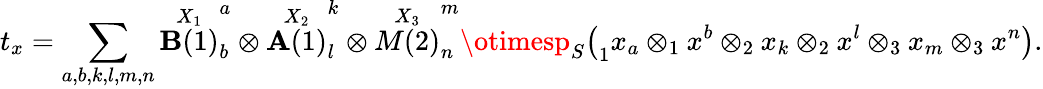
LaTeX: t_{x}=\sum_{a,b,k,l,m,n}\overset{X_{1}}{\mathbf{B}(1)}_{b}^{a}\otimes\overset{X_{2}}{\mathbf{A}(1)}_{l}^{k}\otimes\overset{X_{3}}{M(2)}_{n}^{m}\otimesp_{S}\big(_{1}x_{a}\otimes_{1}x^{b}\otimes_{2}x_{k}\otimes_{2}x^{l}\otimes_{3}x_{m}\otimes_{3}x^{n}\big).